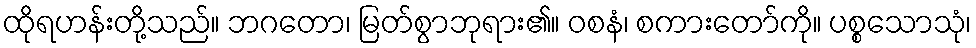
ထိုရဟန်းတို့သည်။ ဘဂတော၊ မြတ်စွာဘုရား၏။ ဝစနံ၊ စကားတော်ကို။ ပစ္စသောသုံ၊